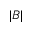
| B |